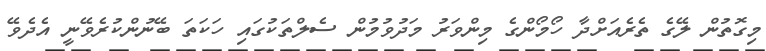
މިގޮތުން ލޭގެ ތެރެއަށްދާ ހޯމޯންގެ މިންވަރު މަދުވުމުން ސެލްތަކުގައި ހަކަތަ ބޭނުންކުރެވޭނީ އެދެވޭ